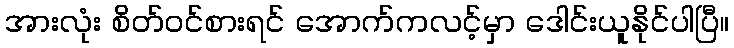
အားလုံး စိတ်ဝင်စားရင် အောက်ကလင့်မှာ ဒေါင်းယူနိုင်ပါပြီ။